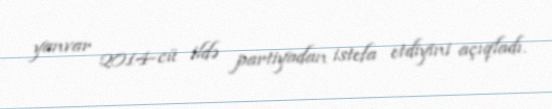
yanvar 2014-cü ildə partiyadan istefa etdiyini açıqladı.